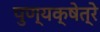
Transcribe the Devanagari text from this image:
पुण्यक्षेत्रे